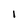
Character: l